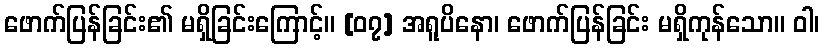
ဖောက်ပြန်ခြင်း၏ မရှိခြင်းကြောင့်။ [၀၇] အရူပိနော၊ ဖောက်ပြန်ခြင်း မရှိကုန်သော။ ဝါ၊